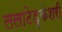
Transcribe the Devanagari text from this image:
ललाटेडुकेशरी